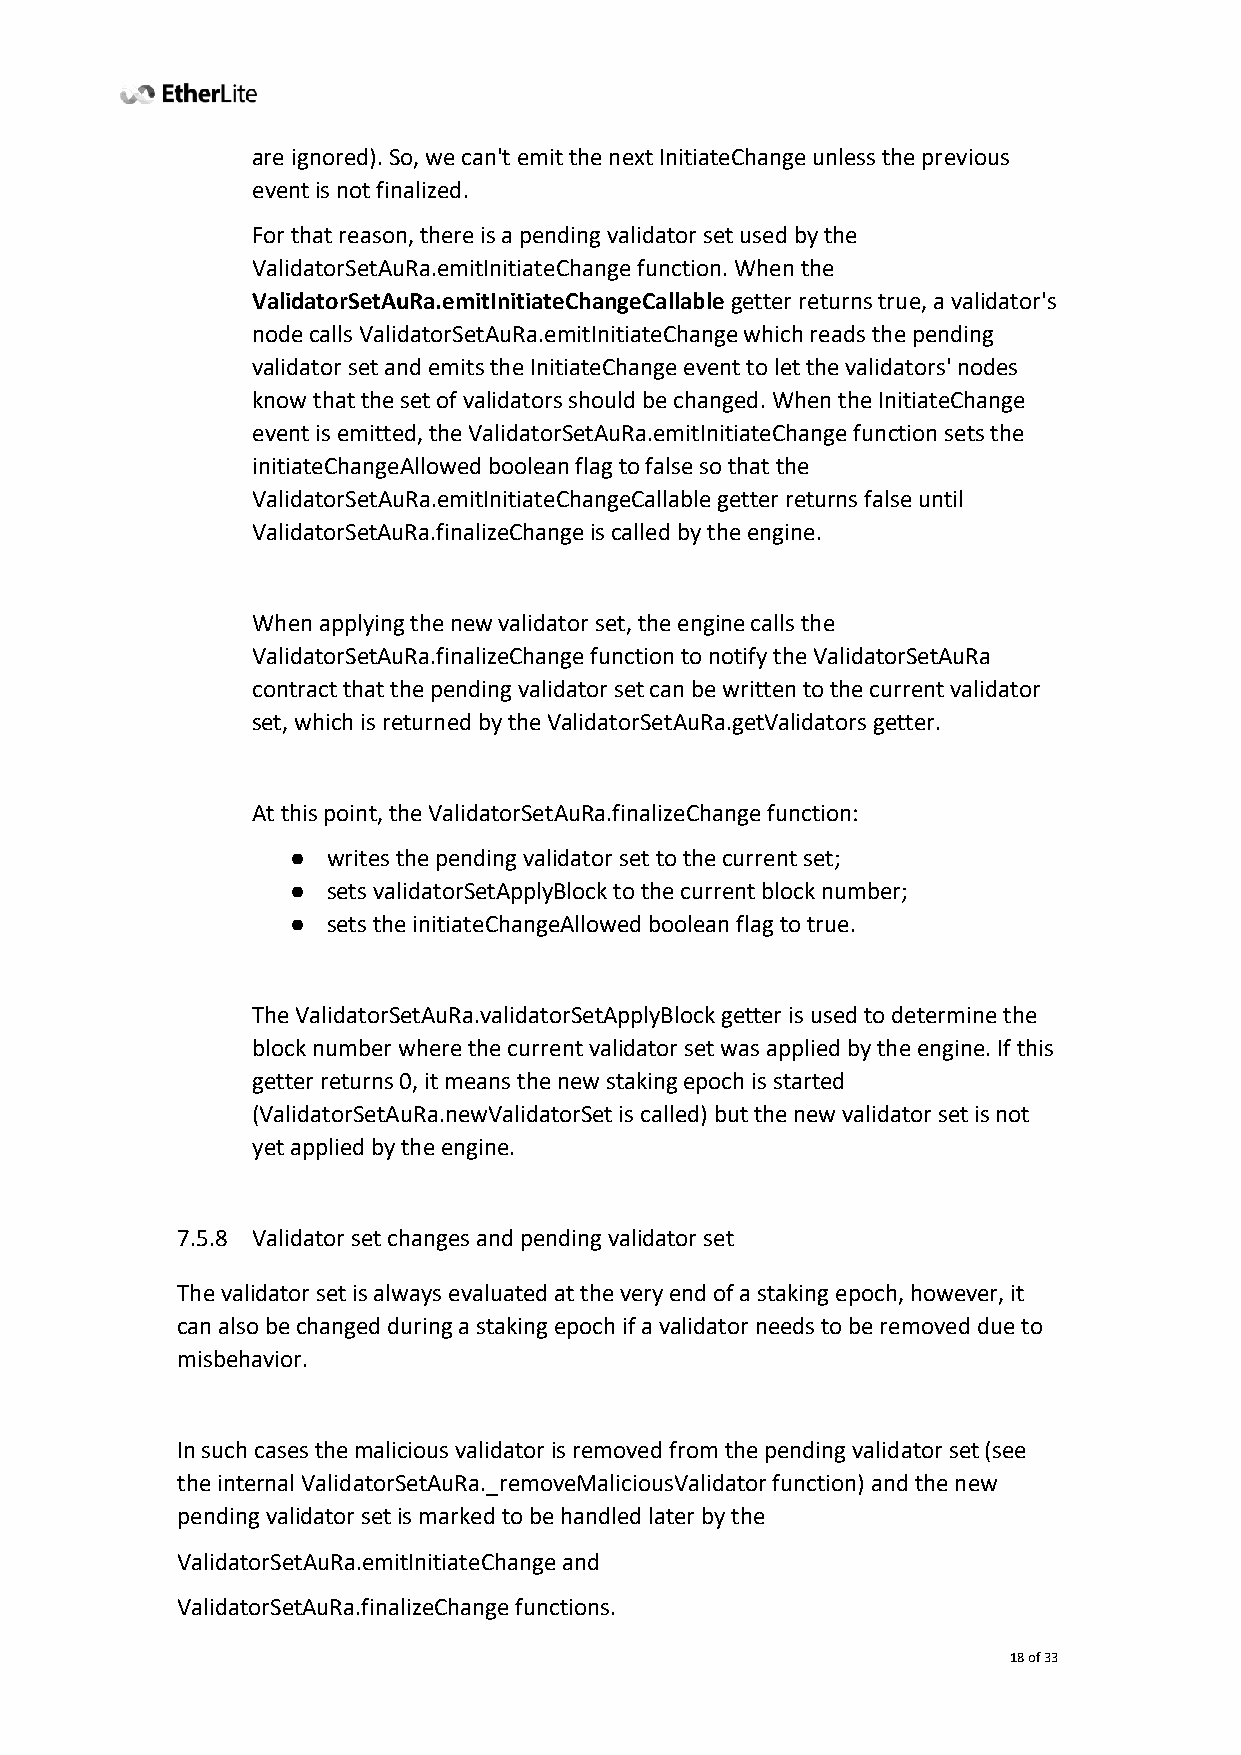
are ignored). So, we can't emit the next InitiateChange unless the previous
 event is not finalized.
 For that reason, there is a pending validator set used by the
 ValidatorSetAuRa.emitInitiateChange function. When the
 ValidatorSetAuRa.emitInitiateChangeCallable getter returns true, a validator's
 node calls ValidatorSetAuRa.emitInitiateChange which reads the pending
 validator set and emits the InitiateChange event to let the validators' nodes
 know that the set of validators should be changed. When the InitiateChange
 event is emitted, the ValidatorSetAuRa.emitInitiateChange function sets the
 initiateChangeAllowed boolean flag to false so that the
 ValidatorSetAuRa.emitInitiateChangeCallable getter returns false until
 ValidatorSetAuRa.finalizeChange is called by the engine.
 When applying the new validator set, the engine calls the
 ValidatorSetAuRa.finalizeChange function to notify the ValidatorSetAuRa
 contract that the pending validator set can be written to the current validator
 set, which is returned by the ValidatorSetAuRa.getValidators getter.
 At this point, the ValidatorSetAuRa.finalizeChange function:
 ●  writes the pending validator set to the current set;
 ●  sets validatorSetApplyBlock to the current block number;
 ●  sets the initiateChangeAllowed boolean flag to true.
 The ValidatorSetAuRa.validatorSetApplyBlock getter is used to determine the
 block number where the current validator set was applied by the engine. If this
 getter returns 0, it means the new staking epoch is started
 (ValidatorSetAuRa.newValidatorSet is called) but the new validator set is not
 yet applied by the engine.
 7.5.8 Validator set changes and pending validator set
 The validator set is always evaluated at the very end of a staking epoch, however, it
 can also be changed during a staking epoch if a validator needs to be removed due to
 misbehavior.
 In such cases the malicious validator is removed from the pending validator set (see
 the internal ValidatorSetAuRa._removeMaliciousValidator function) and the new
 pending validator set is marked to be handled later by the
 ValidatorSetAuRa.emitInitiateChange and
 ValidatorSetAuRa.finalizeChange functions.
 18 of 33